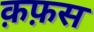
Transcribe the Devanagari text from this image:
क़फ़स